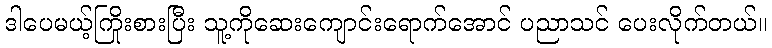
ဒါပေမယ့်ကြိုးစားပြီး သူ့ကိုဆေးကျောင်းရောက်အောင် ပညာသင် ပေးလိုက်တယ်။